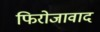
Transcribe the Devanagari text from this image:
फिरोजावाद